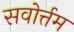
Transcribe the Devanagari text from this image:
सवोर्त्तम